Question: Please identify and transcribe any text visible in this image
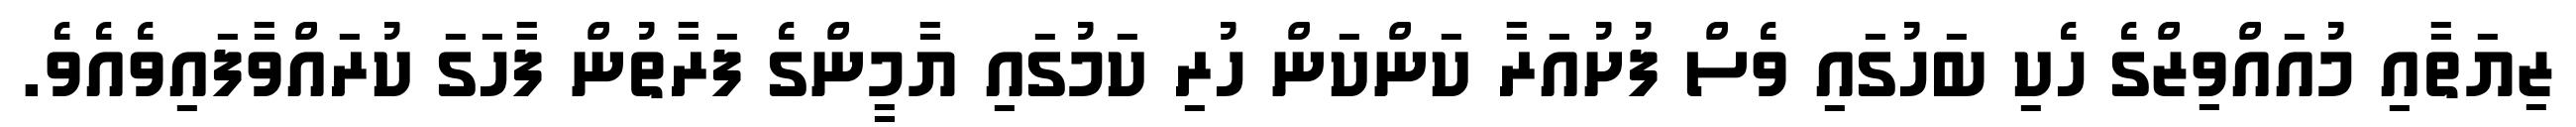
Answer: ޒިޔަތާއި މުއައްވިޒްގެ ހެކި ބަހުގައި ވެސް ފުށުއަރާ ކަންކަން ހުރި ކަމުގައި ޔާމީންގެ ފަރާތުން ފާހަގަ ކުރައްވާފައިވެއެވެ.